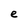
Character: e